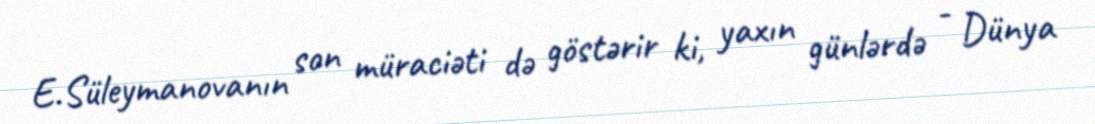
E.Süleymanovanın son müraciəti də göstərir ki, yaxın günlərdə - Dünya